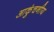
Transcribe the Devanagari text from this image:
आकुंचनीय